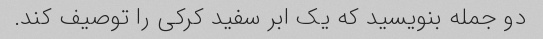
دو جمله بنویسید که یک ابر سفید کرکی را توصیف کند.